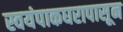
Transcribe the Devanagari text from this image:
स्वयंपाकघरापासून